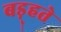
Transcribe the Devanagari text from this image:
बड़्हते